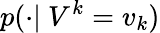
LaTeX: p(\cdot\vert~V^{k}=v_{k})